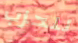
للحزب